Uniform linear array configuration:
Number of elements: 32
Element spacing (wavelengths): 0.5
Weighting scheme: cosine
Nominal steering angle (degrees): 45
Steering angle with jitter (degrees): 43.872
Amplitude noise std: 0.05
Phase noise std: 0.05

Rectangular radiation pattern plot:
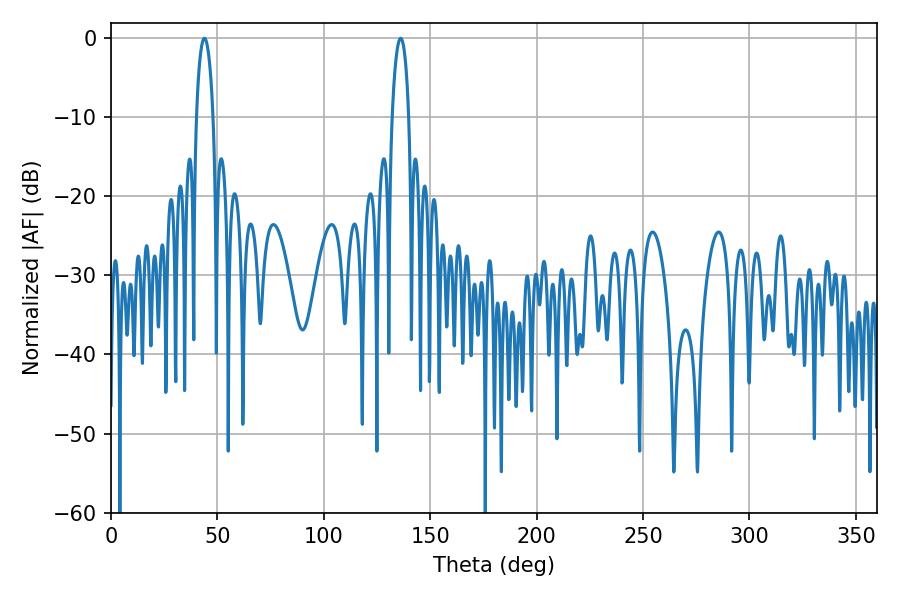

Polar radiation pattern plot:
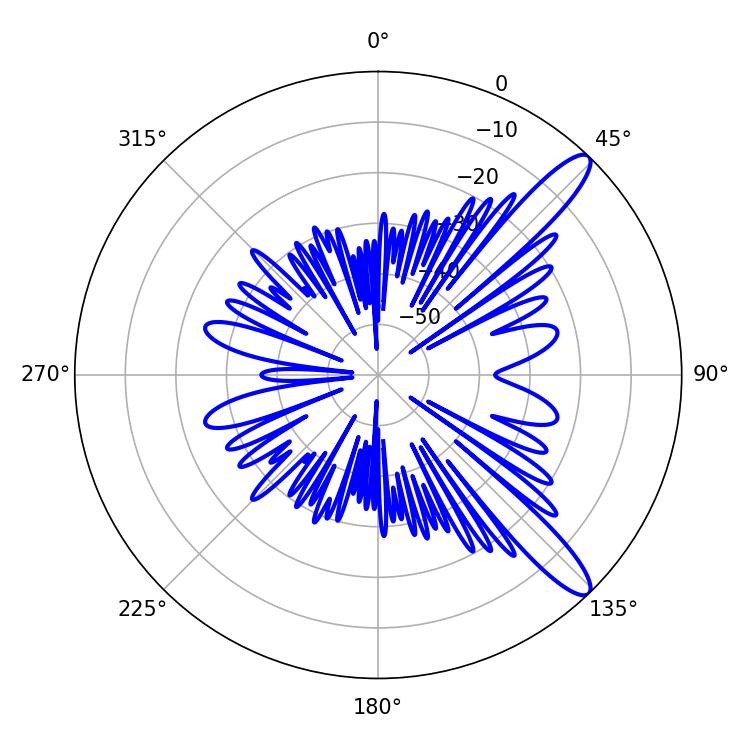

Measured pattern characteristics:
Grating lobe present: FALSE
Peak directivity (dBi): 12.224
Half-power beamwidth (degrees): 4.32
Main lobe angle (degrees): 43.92